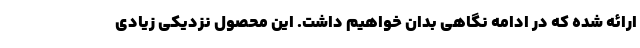
ارائه شده که در ادامه نگاهی بدان خواهیم داشت. این محصول نزدیکی زیادی